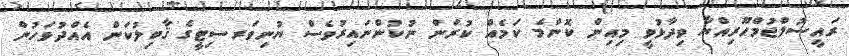
ރައީސުލްޖުމްހޫރިއްޔާ ވިދާޅުވީ މިއިން ކޮންމެ ކަމެއް ކުރަން ނުކުންނައިރުވެސް ޔުނިވަރސިޓީގެ ޤާބިލުކަން އެއްދުވަހުން